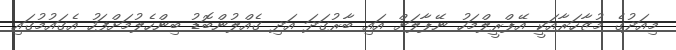
މިއަދުގެ މުޒާހަރާއަކީ އޭޕްރީލްމަހު ނޭޕާލަށް އައި ބާރުގަދަ އަދި ގެއްލުންބޮޑު ބިންހެލުމަށްފަހު އެގައުމުގައި